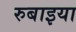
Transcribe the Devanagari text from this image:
रुबाइया